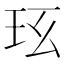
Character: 𤤈